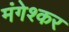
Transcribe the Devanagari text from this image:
मंगेश्कर